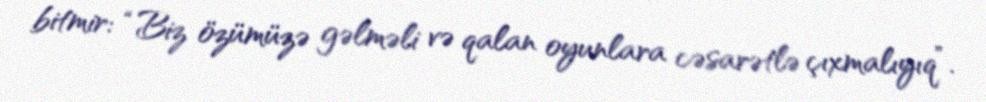
bitmir: “Biz özümüzə gəlməli və qalan oyunlara cəsarətlə çıxmalıyıq”.